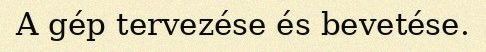
A gép tervezése és bevetése.